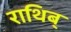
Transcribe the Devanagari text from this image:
राथिब्